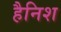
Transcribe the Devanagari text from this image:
हैनिश